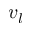
v _ { l }